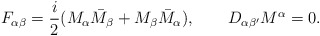
\begin{align*}F_{\alpha\beta}={i\over 2}(M_\alpha \bar M_\beta+M_\beta \bar M_\alpha),\quad \quad D_{\alpha\beta^\prime}M^\alpha=0.\end{align*}